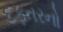
દફતરનો